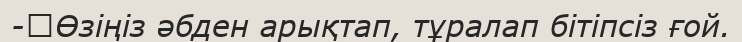
-	Өзіңіз әбден арықтап, тұралап бітіпсіз ғой.